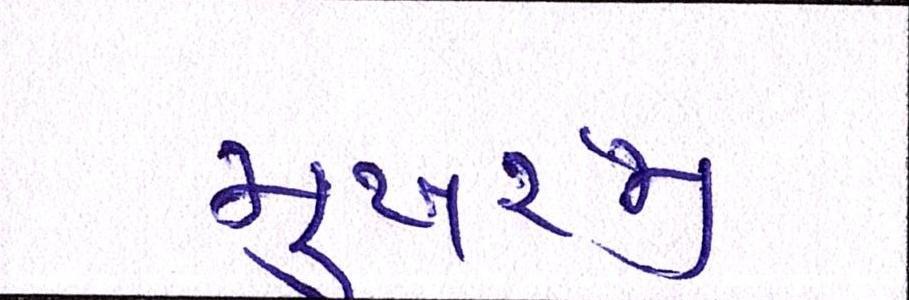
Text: મુખરજી